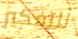
للتفكير